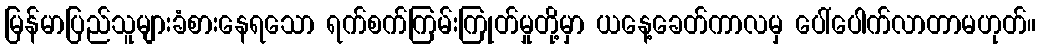
မြန်မာပြည်သူများခံစားနေရသော ရက်စက်ကြမ်းကြုတ်မှုတို့မှာ ယနေ့ခေတ်ကာလမှ ပေါ်ပေါက်လာတာမဟုတ်။